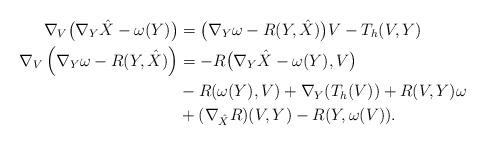
LaTeX: \begin{align*}\nabla_V \big(\nabla_Y \hat X - \omega(Y )\big) &= \big( \nabla_Y \omega - R(Y, \hat X)\big) V- T_h (V, Y)\\\nabla_V \left(\nabla_Y \omega - R(Y, \hat X) \right) &= - R\big(\nabla_Y \hat X - \omega (Y), V\big) \\&-R(\omega(Y), V) + \nabla_Y (T_h(V))+ R(V, Y) \omega \\&+ (\nabla_{\hat X} R) (V, Y)- R(Y, \omega(V)).\end{align*}